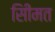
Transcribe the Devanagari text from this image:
सीिमत